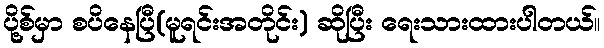
ပို့စ်မှာ စပိနေပြီ(မူရင်းအတိုင်း) ဆိုပြီး ရေးသားထားပါတယ်။